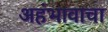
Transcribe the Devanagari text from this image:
अहंभावाचा